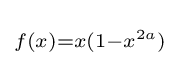
\scriptstyle f(x)=x(1-x^{2a})